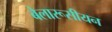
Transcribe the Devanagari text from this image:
बेलारूसीयन